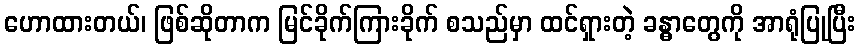
ဟောထားတယ်၊ ဖြစ်ဆိုတာက မြင်ခိုက်ကြားခိုက် စသည်မှာ ထင်ရှားတဲ့ ခန္ဓာတွေကို အာရုံပြုပြီး